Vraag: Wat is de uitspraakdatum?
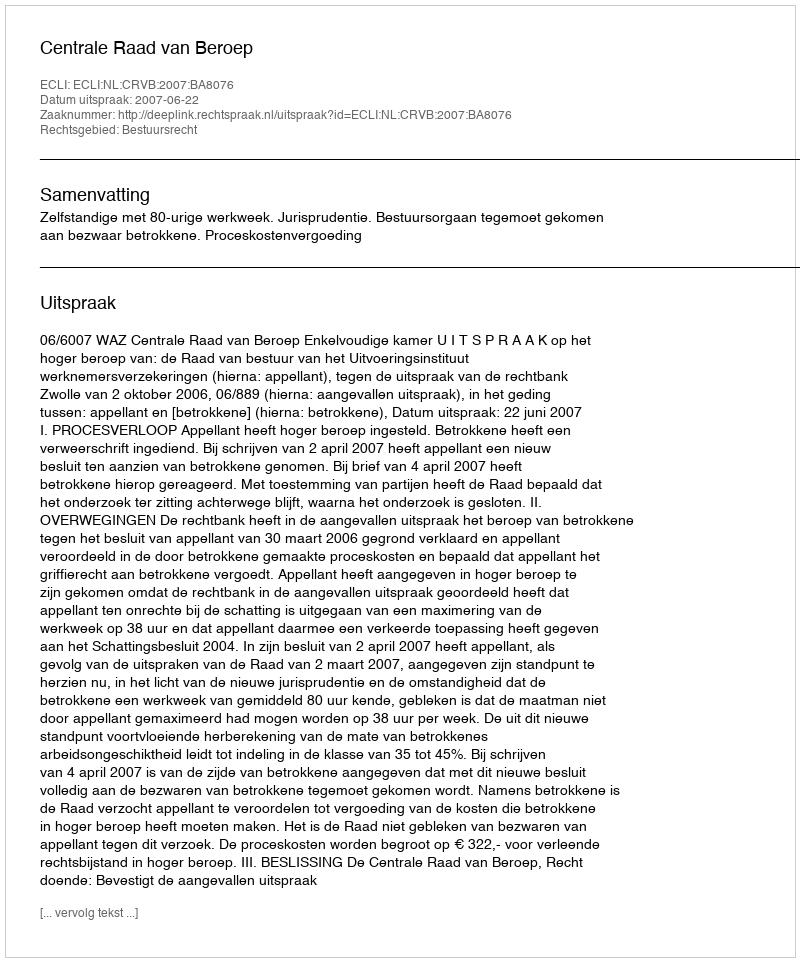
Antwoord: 2007-06-22